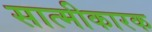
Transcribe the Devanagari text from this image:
सात्मीकारक